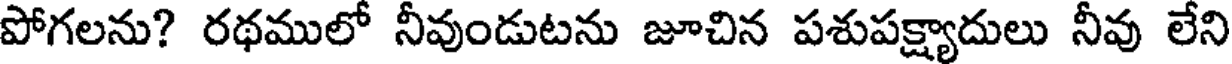
పోగలను? రథములో నీవుండుటను జూచిన పశుపక్ష్యాదులు నీవు లేని